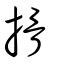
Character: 搰